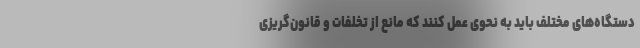
دستگاه‌های مختلف باید به نحوی عمل کنند که مانع از تخلفات و قانون‌گریزی